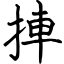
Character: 捙